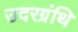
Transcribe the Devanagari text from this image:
उदरग्रंथि